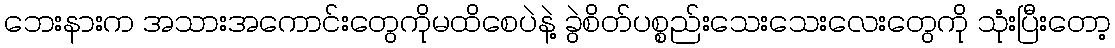
ဘေးနားက အသားအကောင်းတွေကိုမထိစေပဲနဲ့ ခွဲစိတ်ပစ္စည်းသေးသေးလေးတွေကို သုံးပြီးတော့